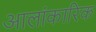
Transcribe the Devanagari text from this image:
आलांकारिक